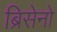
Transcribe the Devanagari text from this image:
ब्रिसेनो